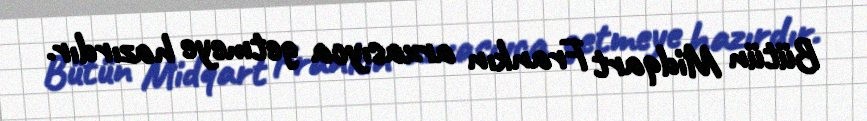
Bütün Midqart Frankın arxasıyca getmeye hazırdır.